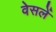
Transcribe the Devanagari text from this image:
वेसलें